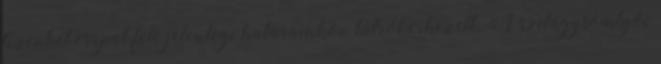
tizenkét csapat fele jelenlegi határainkon túlról érkezett. A szilágysomlyói